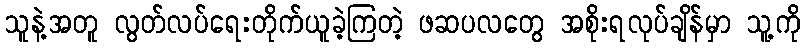
သူနဲ့အတူ လွတ်လပ်ရေးတိုက်ယူခဲ့ကြတဲ့ ဖဆပလတွေ အစိုးရလုပ်ချိန်မှာ သူ့ကို